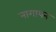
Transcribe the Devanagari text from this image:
नागायन